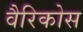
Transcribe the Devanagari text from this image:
वैरिकोस